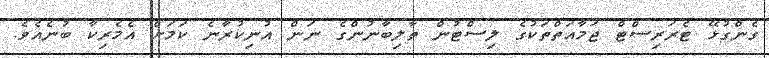
ގެންގުޅޭ ޓެރަރިސްޓް ޖަމާއަތްތަކުގެ ލިސްޓުން ތާލިބާނުންގެ ނަން އުނިކުރާނެ ކަމަށް އެމެރިކާ ބުނެއެވެ.